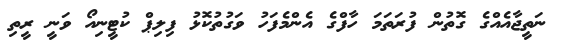
ނަތީޖާއެއްގެ ގޮތުން ފުރަތަމަ ހާފްގެ އެންމެފަހު ވަގުތުކޮޅު ފިލިޕް ކުޓީނިއޯ ވަނީ ރީތި